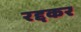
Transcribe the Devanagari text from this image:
रद्दकर